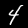
Digit: 4